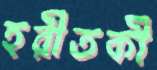
হরীতকী